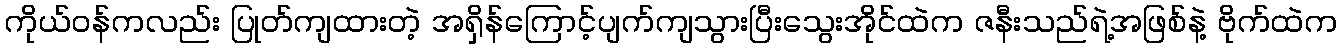
ကိုယ်ဝန်ကလည်း ပြုတ်ကျထားတဲ့ အရှိန်ကြောင့်ပျက်ကျသွားပြီးသွေးအိုင်ထဲက ဇနီးသည်ရဲ့အဖြစ်နဲ့ ဗိုက်ထဲက